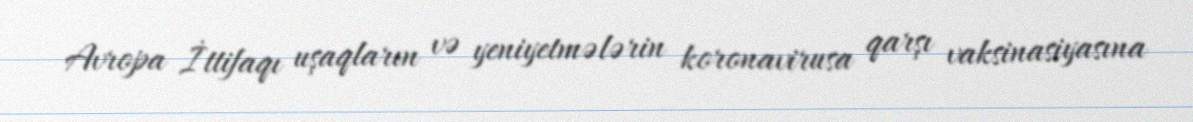
Avropa İttifaqı uşaqların və yeniyetmələrin koronavirusa qarşı vaksinasiyasına